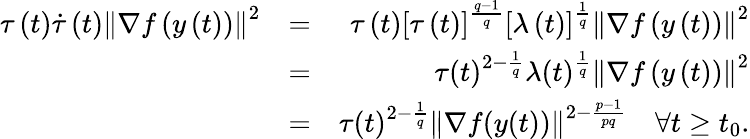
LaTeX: \begin{array}{rlr}{\tau\left(t\right)\dot{\tau}\left(t\right)\left\lVert\nabla f\left(y\left(t\right)\right)\right\rVert^{2}}&{=}&{\tau\left(t\right)\left[\tau\left(t\right)\right]^{\frac{q-1}{q}}\left[\lambda\left(t\right)\right]^{\frac{1}{q}}\left\lVert\nabla f\left(y\left(t\right)\right)\right\rVert^{2}}\\ &{=}&{\tau(t)^{2-\frac{1}{q}}\lambda(t)^{\frac{1}{q}}\left\lVert\nabla f\left(y\left(t\right)\right)\right\rVert^{2}}\\ &{=}&{\tau(t)^{2-\frac{1}{q}}\left\lVert\nabla f(y(t))\right\rVert^{2-\frac{p-1}{pq}}\quad\forall t\geq t_{0}.}\end{array}